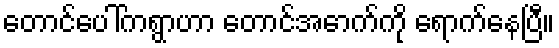
တောင်ပေါ်ကရွာဟာ တောင်အောက်ကို ရောက်နေပြီ။